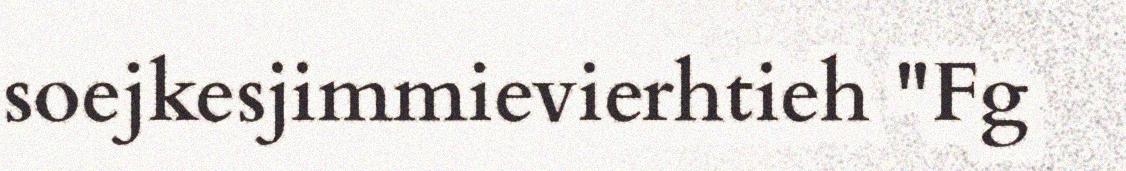
soejkesjimmievierhtieh "Fg